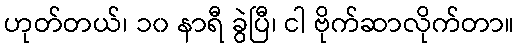
ဟုတ်တယ်၊ ၁၀ နာရီ ခွဲပြီ၊ ငါ ဗိုက်ဆာလိုက်တာ။